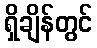
ရှိချိန်တွင်